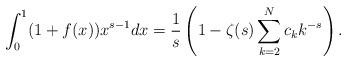
LaTeX: \begin{align*}\int_0^1 (1+f(x)) x^{s-1} dx= \frac{1}{s}\left(1- \zeta (s) \sum_{k=2}^N c_k k^{-s}\right) .\end{align*}